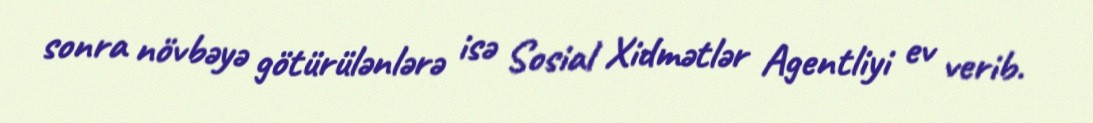
sonra növbəyə götürülənlərə isə Sosial Xidmətlər Agentliyi ev verib.